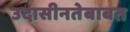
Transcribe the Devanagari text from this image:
उदासीनतेबाबत